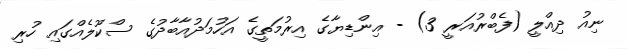
ނިއު ދިއްލީ (ފެބްރުއަރީ 3) - އިންޑިޔާގެ އިރުމަތީގެ އަހުމަދުއާބާދުގެ ސްކޫލެއްގައި ހުރި